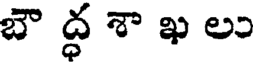
బౌ ద్ధ శా ఖ లు